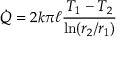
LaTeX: { \dot { Q } } = 2 k \pi \ell { \frac { T _ { 1 } - T _ { 2 } } { \ln ( r _ { 2 } / r _ { 1 } ) } }